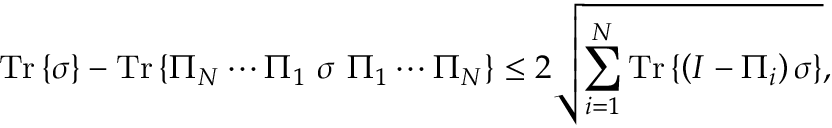
{ \mathrm { T r } } \left\{ \sigma \right\} - { \mathrm { T r } } \left\{ \Pi _ { N } \cdots \Pi _ { 1 } \ \sigma \ \Pi _ { 1 } \cdots \Pi _ { N } \right\} \leq 2 { \sqrt { \sum _ { i = 1 } ^ { N } { \mathrm { T r } } \left\{ \left( I - \Pi _ { i } \right) \sigma \right\} } } ,